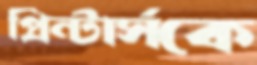
প্রিন্টার্সকে